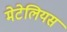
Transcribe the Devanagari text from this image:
मेटेलियस